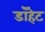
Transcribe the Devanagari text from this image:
डॉहेट